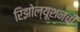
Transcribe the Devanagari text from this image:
रिझोल्यूशनची